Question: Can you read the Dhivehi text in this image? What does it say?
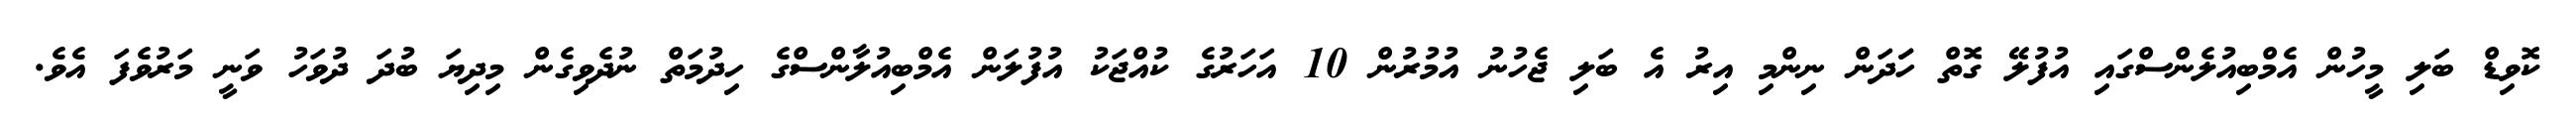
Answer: ކޮވިޑް ބަލި މީހުން އެމްބިއުލެންސްގައި އުފުލޭ ގޮތް ހަަދަން ނިންމި އިރު އެ ބަލި ޖެހުނު އުމުރުން 10 އަހަރުގެ ކުއްޖަކު އުފުލަން އެމްބިއުލާންސްގެ ހިދުމަތް ނުދެވިގެން މިދިޔަ ބުދަ ދުވަހު ވަނީ މަރުވެފަ އެވެ.